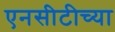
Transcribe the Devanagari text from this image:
एनसीटीच्या